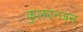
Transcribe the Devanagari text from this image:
कुलरन्जन